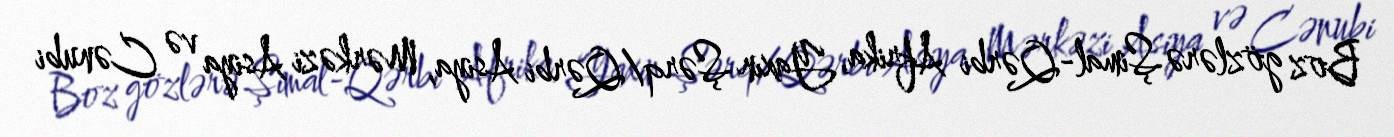
Boz gözlərə Şimal-Qərbi Afrika, Yaxın Şərq/Qərbi Asiya, Mərkəzi Asiya və Cənubi